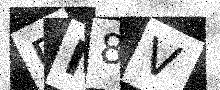
Text: DM8V